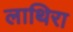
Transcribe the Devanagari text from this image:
लाथिरा